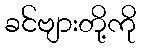
ခင်ဗျားတို့ကို